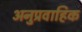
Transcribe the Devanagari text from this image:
अनुप्रवाहिक